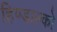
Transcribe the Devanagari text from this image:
हिण्डाल्को